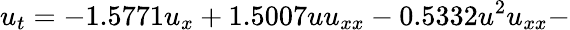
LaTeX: u_{t}=-1.5771u_{x}+1.5007uu_{xx}-0.5332u^{2}u_{xx}-